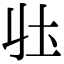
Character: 𭍼